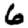
Digit: 6